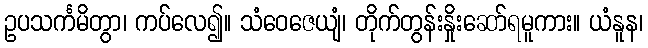
ဥပသင်္ကမိတွာ၊ ကပ်လေ၍။ သံဝေဇေယျံ၊ တိုက်တွန်းနှိုးဆော်ရမူကား။ ယံနူန၊